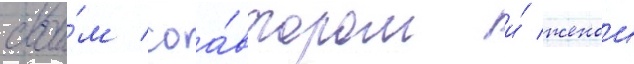
свои́м соа́втором и́ женои